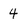
Character: 4